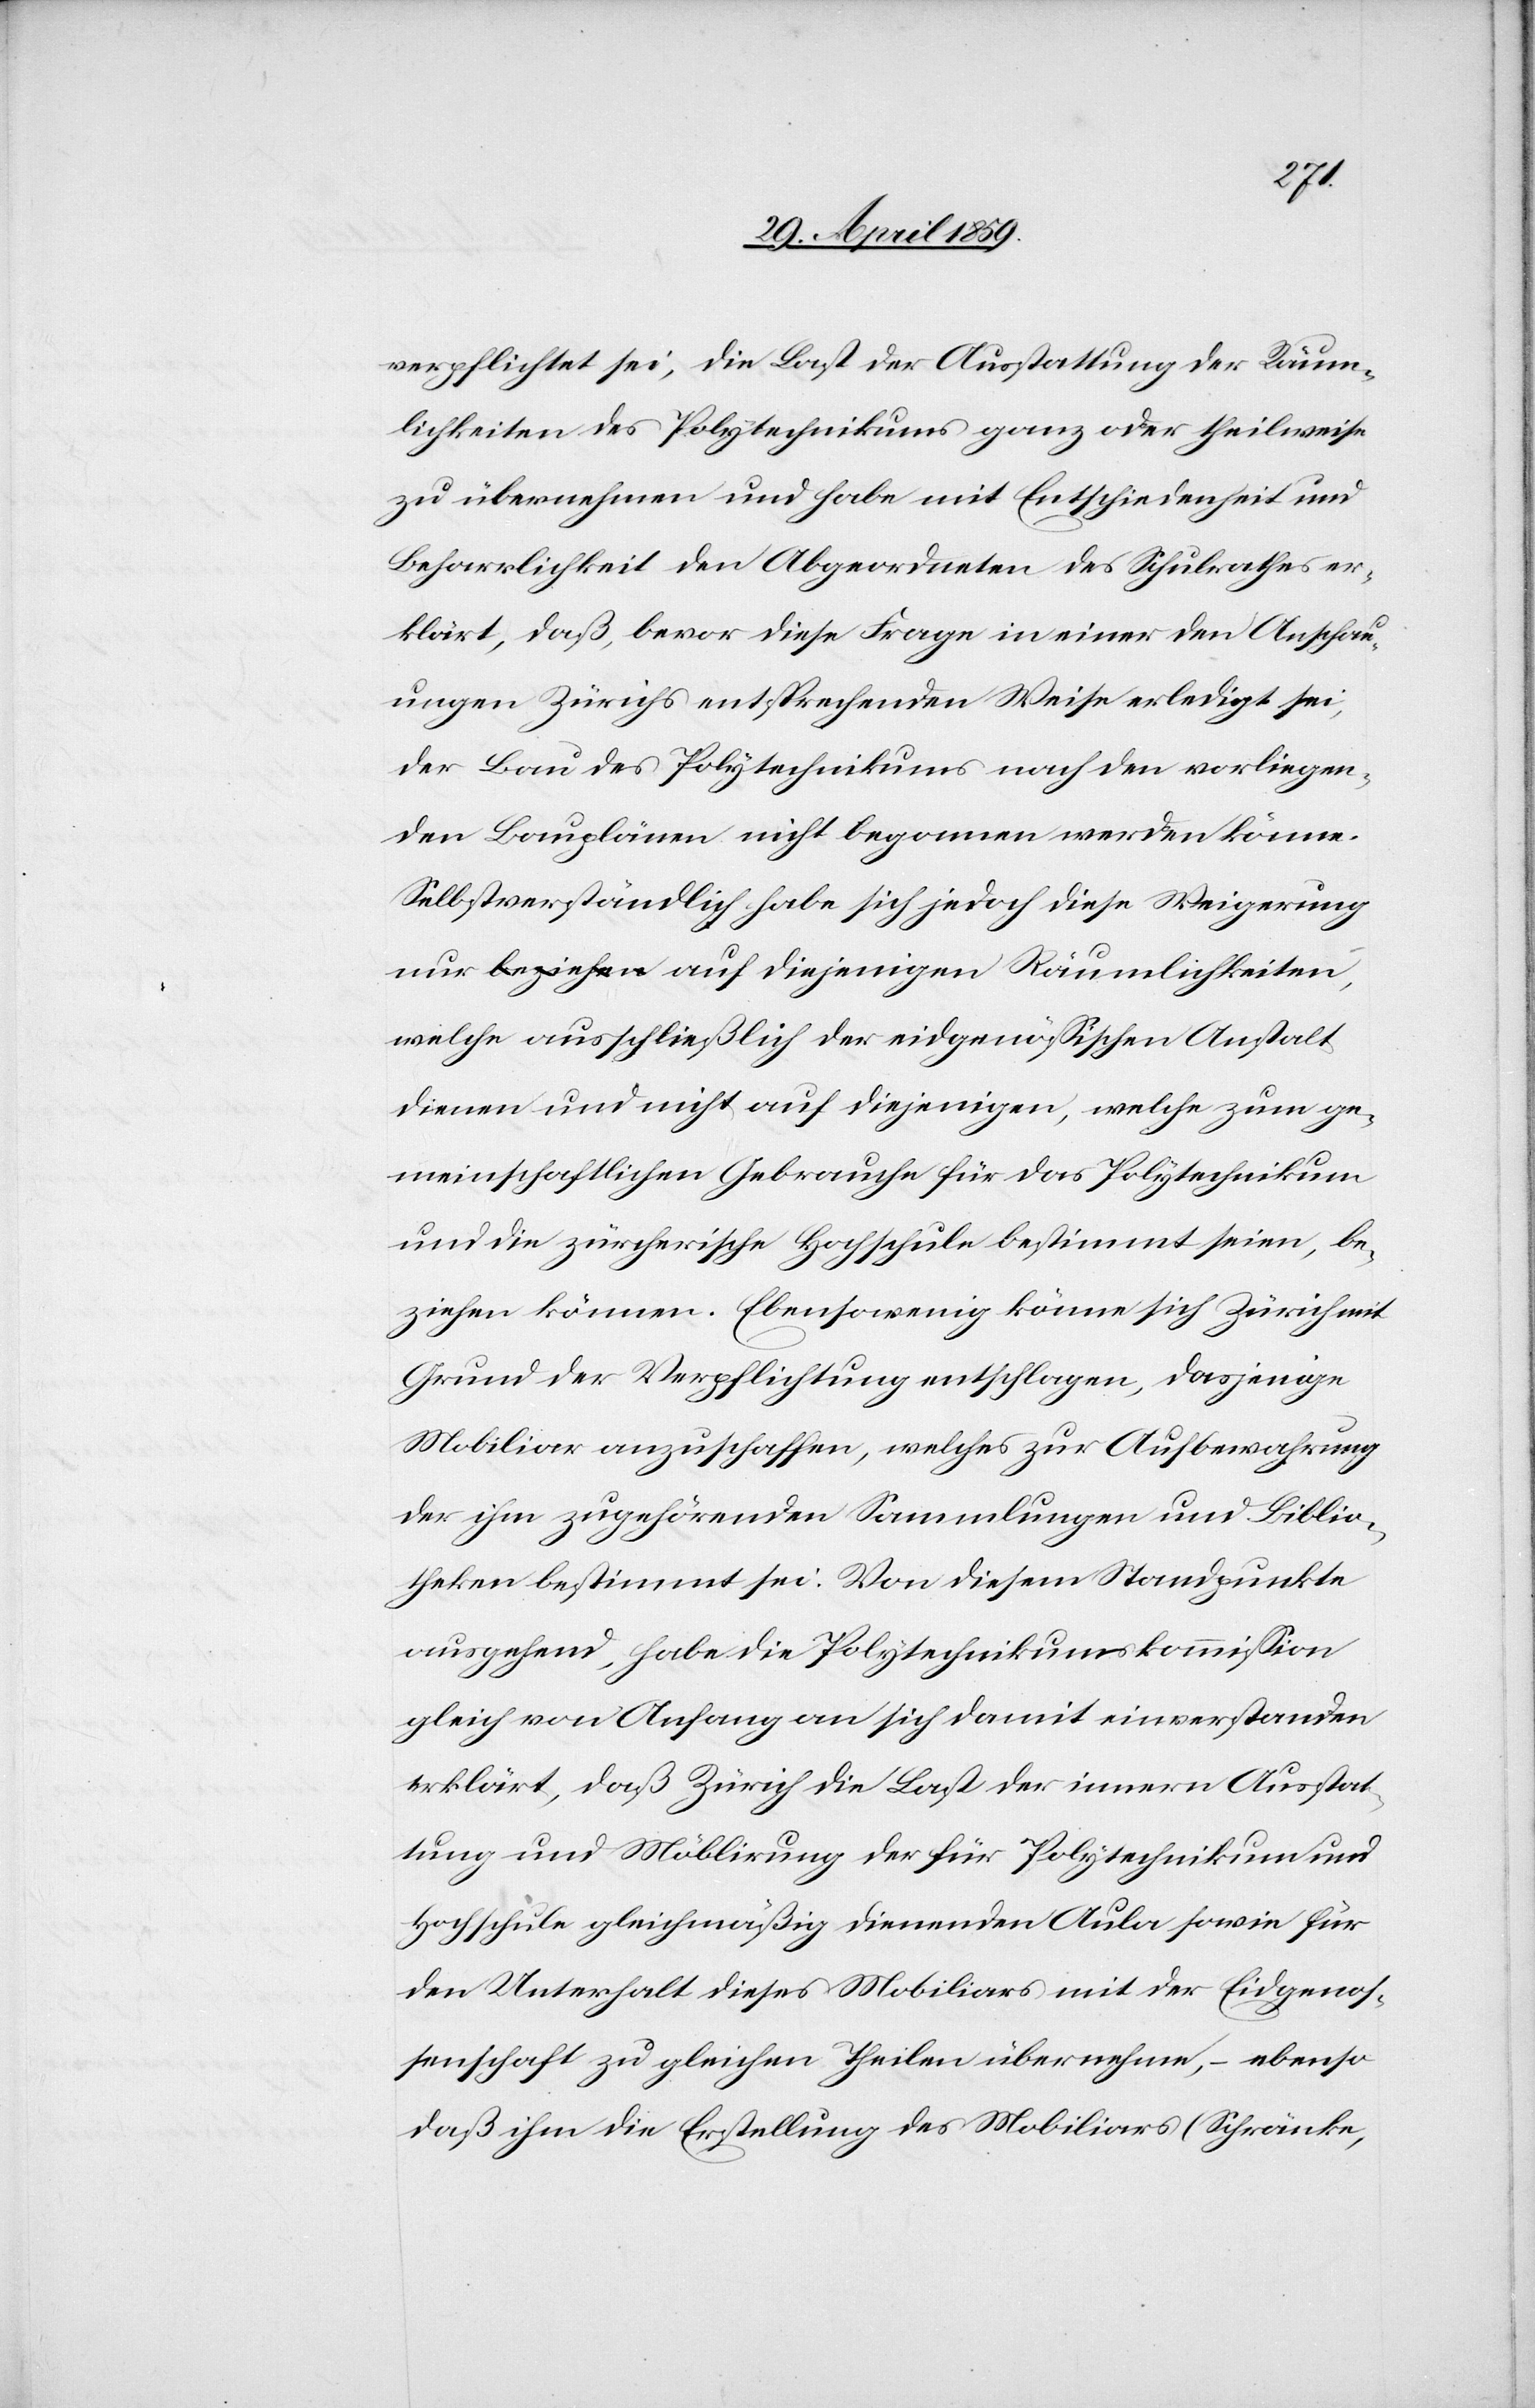
verpflichtet sei, die Last der Ausstattung der Räum¬
lichkeiten des Polytechnikums ganz oder theilweise
zu übernehmen und habe mit Entschiedenheit und
Beharrlichkeit den Abgeordneten des Schulrathes er¬
klärt, daß, bevor diese Frage in einer den Anschau¬
ungen Zürichs entsprechenden Weise erledigt sei,
der Bau des Polytechnikums nach den vorliegen¬
den Bauplänen nicht begonnen werden könne.
Selbstverständlich habe sich jedoch diese Weigerung
welche ausschließlich der eidgenößischen Anstalt
dienen und nicht auf diejenigen, welche zum ge¬
meinschaftlichen Gebrauche für das Polytechnikum
und die zürcherische Hochschule bestimmt seien, be¬
ziehen können. Ebensowenig könne sich Zürich mit
Grund der Verpflichtung entschlagen, dasjenige
Mobiliar anzuschaffen, welches zur Aufbewahrung
der ihm zugehörenden Sammlungen und Biblio¬
theken bestimmt sei. Von diesem Standpunkte
ausgehend, habe die Polytechnikumskommißion
gleich von Anfang an sich damit einverstanden
erklärt, daß Zürich die Last der innern Ausstat¬
tung und Möblirung der für Polytechnikum und
Hochschule gleichmäßig dienenden Aula sowie für
den Unterhalt dieses Mobiliars mit der Eidgenoß¬
enschaft zu gleichen Theilen übernehmen, ( ebenso
daß ihm die Erstellung des Mobiliars (Schränke,